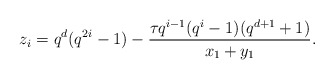
\begin{align*} z_i = q^d (q^{2i}-1) - \frac{\tau q^{i-1}(q^i-1)(q^{d+1}+1)} {x_1 + y_1}. \end{align*}